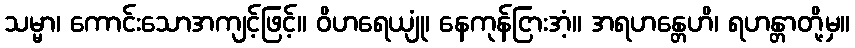
သမ္မာ၊ ကောင်းသောအကျင့်ဖြင့်။ ဝိဟရေယျုံ၊ နေကုန်ငြားအံ့။ အရဟန္တေဟိ၊ ရဟန္တာတို့မှ။